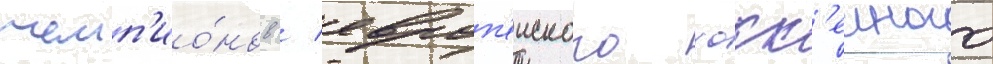
чемп'ио́нов / европ'еиского хокк'еиного